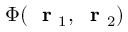
\Phi ( \mathrm { ~ \bf ~ r ~ } _ { 1 } , \mathrm { ~ \bf ~ r ~ } _ { 2 } )